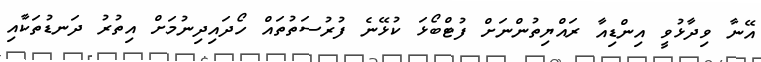
އޭނާ ވިދާޅުވީ އިންޑިއާ ރައްޔިތުންނަށް ފުޓްބޯޅަ ކުޅޭނެ ފުރުސަތުތައް ހޯދައިދިނުމަށް އިތުރު ދަނޑުތަކާއި